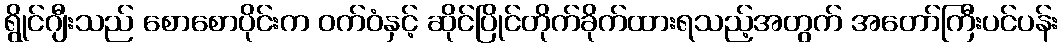
ရွိုင်ဂျီးသည် စောစောပိုင်းက ဝက်ဝံနှင့် ဆိုင်ပြိုင်တိုက်ခိုက်ထားရသည့်အတွက် အတော်ကြီးပင်ပန်း